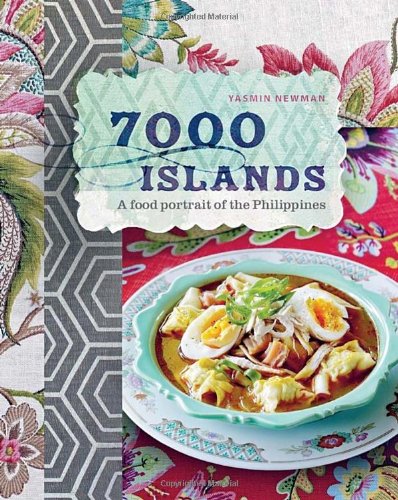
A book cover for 7000 Islands: A Food Portrait of the Philippines; Yasmin Newman; Cookbooks, Food & Wine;